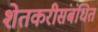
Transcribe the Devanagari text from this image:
शेतकरीसंबंधित